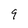
Character: 9